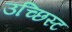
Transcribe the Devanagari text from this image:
उच्छिस्ट